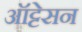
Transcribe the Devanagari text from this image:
ऑट्टेसन